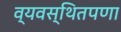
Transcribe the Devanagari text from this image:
व्यवस्थितपणा